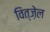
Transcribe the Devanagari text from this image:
वित्ज़ेल